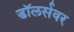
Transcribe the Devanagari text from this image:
डॉलर्सवर